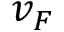
v _ { F }